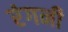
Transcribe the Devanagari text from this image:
रंगनी